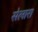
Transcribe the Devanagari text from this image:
सेलारा